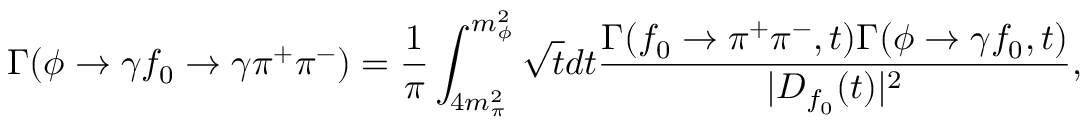
\Gamma ( \phi \to \gamma f _ { 0 } \to \gamma \pi ^ { + } \pi ^ { - } ) = \frac { 1 } { \pi } \int _ { 4 m _ { \pi } ^ { 2 } } ^ { m _ { \phi } ^ { 2 } } \sqrt { t } d t \frac { \Gamma ( f _ { 0 } \to \pi ^ { + } \pi ^ { - } , t ) \Gamma ( \phi \to \gamma f _ { 0 } , t ) } { | D _ { f _ { 0 } } ( t ) | ^ { 2 } } ,